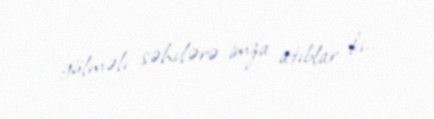
gülməli səhvlərə imza atıblar ki..